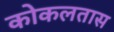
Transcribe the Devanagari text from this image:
कोकलतास